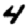
Digit: 4